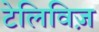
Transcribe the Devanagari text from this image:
टेलिविज़